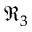
\Re _ { 3 }